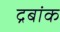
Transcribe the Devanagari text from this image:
द्रबांक